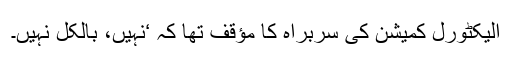
الیکٹورل کمیشن کی سربراہ کا مؤقف تھا کہ ‘نہیں، بالکل نہیں۔